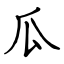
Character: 瓜